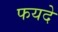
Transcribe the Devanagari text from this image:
फयदे